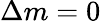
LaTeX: \Delta m=0